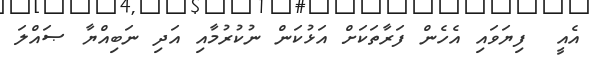
އެއީ  ފިޔަވައި އެހެން ފަރާތަކަށް އަޅުކަން ނުކުރުމާއި އަދި ނަބިއްޔާ ޞައްލަ